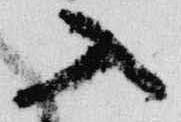
入